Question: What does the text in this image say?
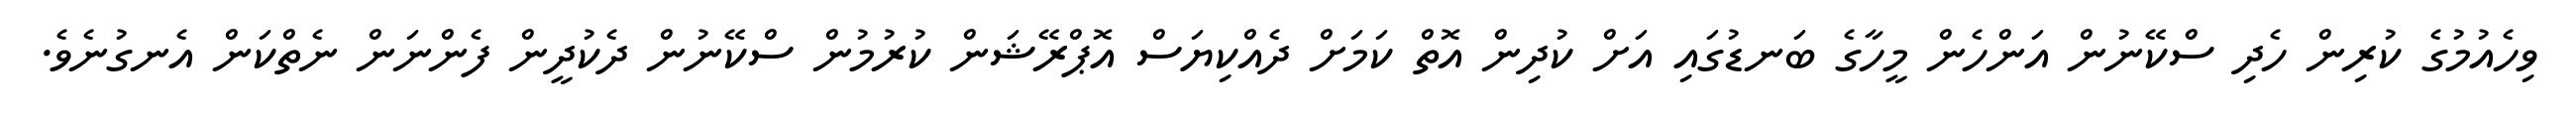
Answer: ވިހެއުމުގެ ކުރިން ހެދި ސްކޭނުން އަންހެން މީހާގެ ބަނޑުގައި އަށް ކުދިން އޮތް ކަމަށް ދެއްކިޔަސް އޮޕްރޭޝަން ކުރުމުން ސްކޭނުން ދެކުދީން ފެންނަން ނެތްކަން އެނގުނެވެ.